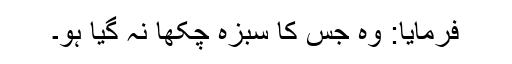
فرمایا: وہ جس کا سبزہ چکھا نہ گیا ہو۔